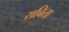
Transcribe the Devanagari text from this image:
राबिता